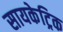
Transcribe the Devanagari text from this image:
सायकेट्रिक